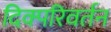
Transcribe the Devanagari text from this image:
दिक्परिवर्तन